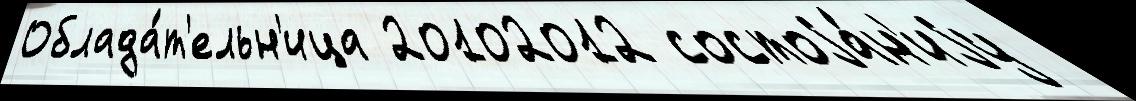
Облада́т'ельн'ица 20102012 состоjа́н'иjу